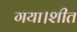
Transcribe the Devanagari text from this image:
गया।शीत